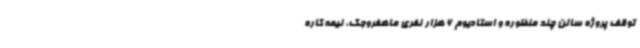
توقف پروژه سالن چند منظوره و استادیوم 6 هزار نفری ماهفروجک، نیمه کاره